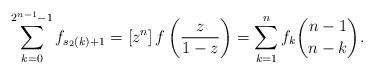
LaTeX: \begin{align*}\sum_{k=0}^{2^{n-1}-1} f_{s_2\left(k\right)+1} = \left[z^n\right] f\left(\frac{z}{1-z}\right) = \sum_{k=1}^{n} f_k \binom{n-1}{n-k}.\end{align*}